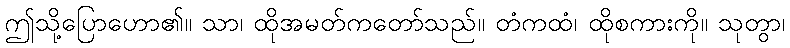
ဤသို့ပြောဟော၏။ သာ၊ ထိုအမတ်ကတော်သည်။ တံကထံ၊ ထိုစကားကို။ သုတွာ၊